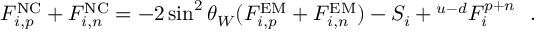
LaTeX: F _ { i , p } ^ { \mathrm { N C } } + F _ { i , n } ^ { \mathrm { N C } } = - 2 \sin ^ { 2 } \theta _ { W } ( F _ { i , p } ^ { \mathrm { E M } } + F _ { i , n } ^ { \mathrm { E M } } ) - S _ { i } + { } ^ { u - d } F _ { i } ^ { p + n } ~ ~ .